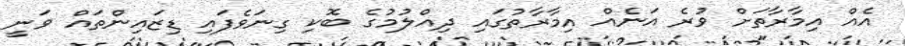
އެއް އިމާރާތަށް ވުރެ އަނެއް އިމާރާތުގައި ދިއްލުމުގެ ބޮކި ގިނަވެފައި ޑިޒައިންތައް ވަނީ